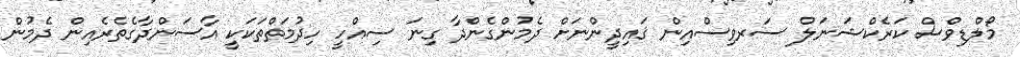
މޯލްޑިވްސް ކަރެކްޝަނަލް ސަރވިސްއިން ޤައިދީންނަށް ދެމުންގެންދާ ގިނަ ސިއްހީ ހިދުމަތްތަކަކީ އާސަންދާގެތެރެއިން ދެމުން